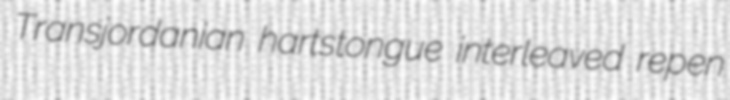
Transjordanian hartstongue interleaved repen